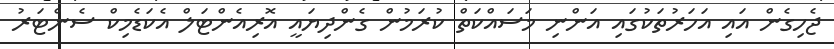
ޖެހިގެން އައި އަހަރުތަކުގައި އަންނި މަސައްކަތް ކުރަމުން ގެންދިޔައީ އޮރިއެންޓަލް އެކަޑެމިކް ސެންޓަރު